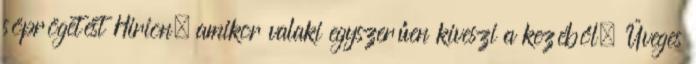
söprögetést Hirion, amikor valaki egyszerűen kiveszi a kezéből. Üveges